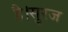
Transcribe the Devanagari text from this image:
है।सुरज